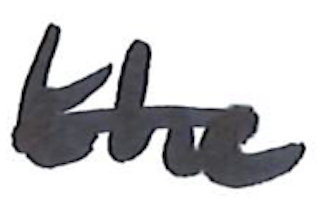
Text: the
Cross-out: single-line
Writing tool: marker